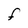
Character: F